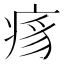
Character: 𬏯